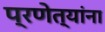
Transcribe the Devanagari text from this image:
प्रणेत्यांना